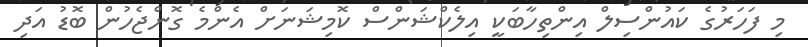
މި ފަހަރުގެ ކައުންސިލް އިންތިހާބަކީ އިލެކްޝަންސް ކޮމިޝަނަށް އެންމެ ގޮންޖެހުން ބޮޑު އަދި